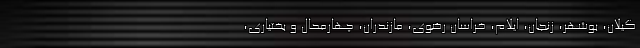
گیلان، بوشهر، زنجان، ایلام، خراسان رضوی، مازندران، چهارمحال و بختیاری،